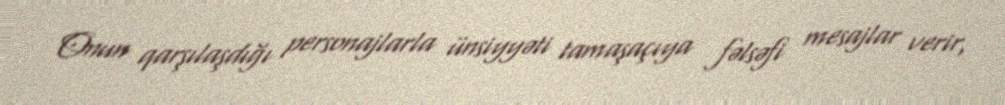
Onun qarşılaşdığı personajlarla ünsiyyəti tamaşaçıya fəlsəfi mesajlar verir,